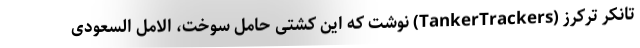
تانکر ترکرز (TankerTrackers) نوشت که این کشتی حامل سوخت، الامل السعودی